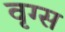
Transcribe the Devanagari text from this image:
वृग्स